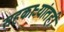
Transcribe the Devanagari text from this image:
सहकाऱ्यांतही